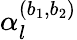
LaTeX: \alpha_{l}^{(b_{1},b_{2})}